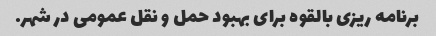
برنامه ریزی بالقوه برای بهبود حمل و نقل عمومی در شهر.